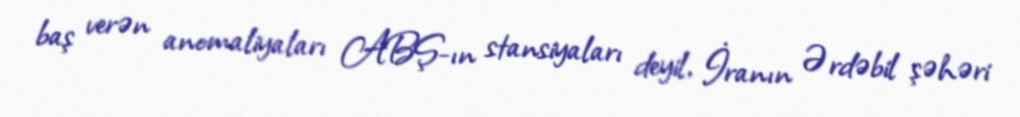
baş verən anomaliyaları ABŞ-ın stansiyaları deyil, İranın Ərdəbil şəhəri